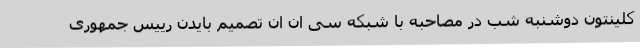
کلینتون دوشنبه شب در مصاحبه با شبکه سی ان ان تصمیم بایدن رییس جمهوری